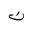
Letter: _non